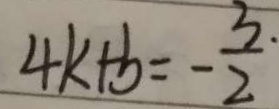
4 k + b = - \frac { 3 } { 2 }